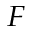
_ F